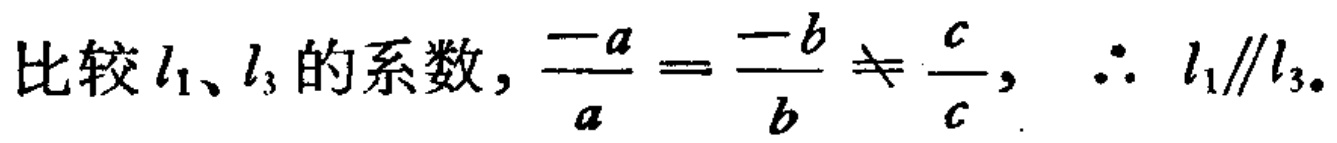
比较 \(l_1、l_3\) 的系数, \(\frac{-a}{a} = \frac{-b}{b} \neq \frac{c}{c},\ \therefore\ l_1\parallel l_3\)。